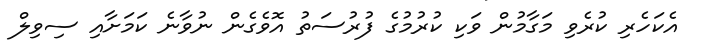
އެކަހެރި ކުރެވި މަގާމުން ވަކި ކުރުމުގެ ފުރުސަތު އޮވެގެން ނުވާނެ ކަމަށާއި ސިވިލް